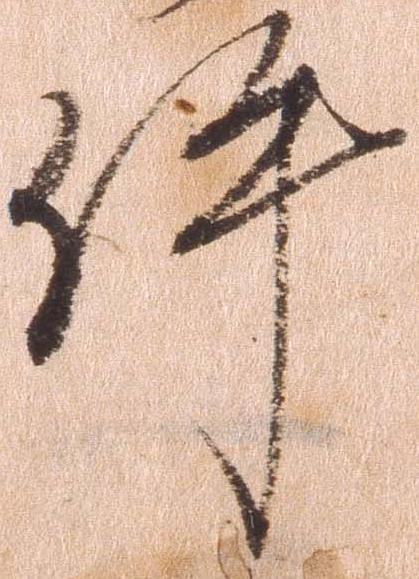
件